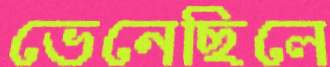
ভেনেছিলে